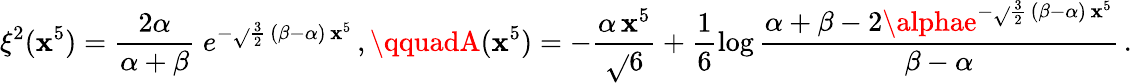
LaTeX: \xi^{2}(\mathbf{x}^{5})=\frac{{2\alpha}}{{\alpha+\beta}}\; e^{-\sqrt{}{{\frac{3}{2}}}\, (\beta-\alpha)\, \mathbf{x}^{5}}\, ,\qquadA(\mathbf{x}^{5})=-\frac{{\alpha\, \mathbf{x}^{5}}}{{{\sqrt{}{{6}}}}}+\frac{{1}}{{6}}\log\frac{{\alpha+\beta-2\alphae^{-\sqrt{}{{\frac{{3}}{{2}}}}\, (\beta-\alpha)\, \mathbf{x}^{5}}}}{{\beta-\alpha}}\, .